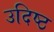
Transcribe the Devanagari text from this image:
उदिष्ठ